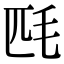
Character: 𣬮